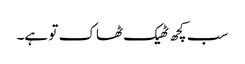
سب کچھ ٹھیک ٹھاک تو ہے۔